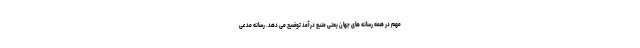
مهم در همه رسانه های جهان یعنی منبع درآمد توضیح می دهد. رسانه مدعی